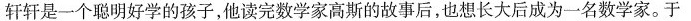
轩轩是一个聪明好学的孩子，他读完数学家高斯的故事后，也想长大后成为一名数学家。于